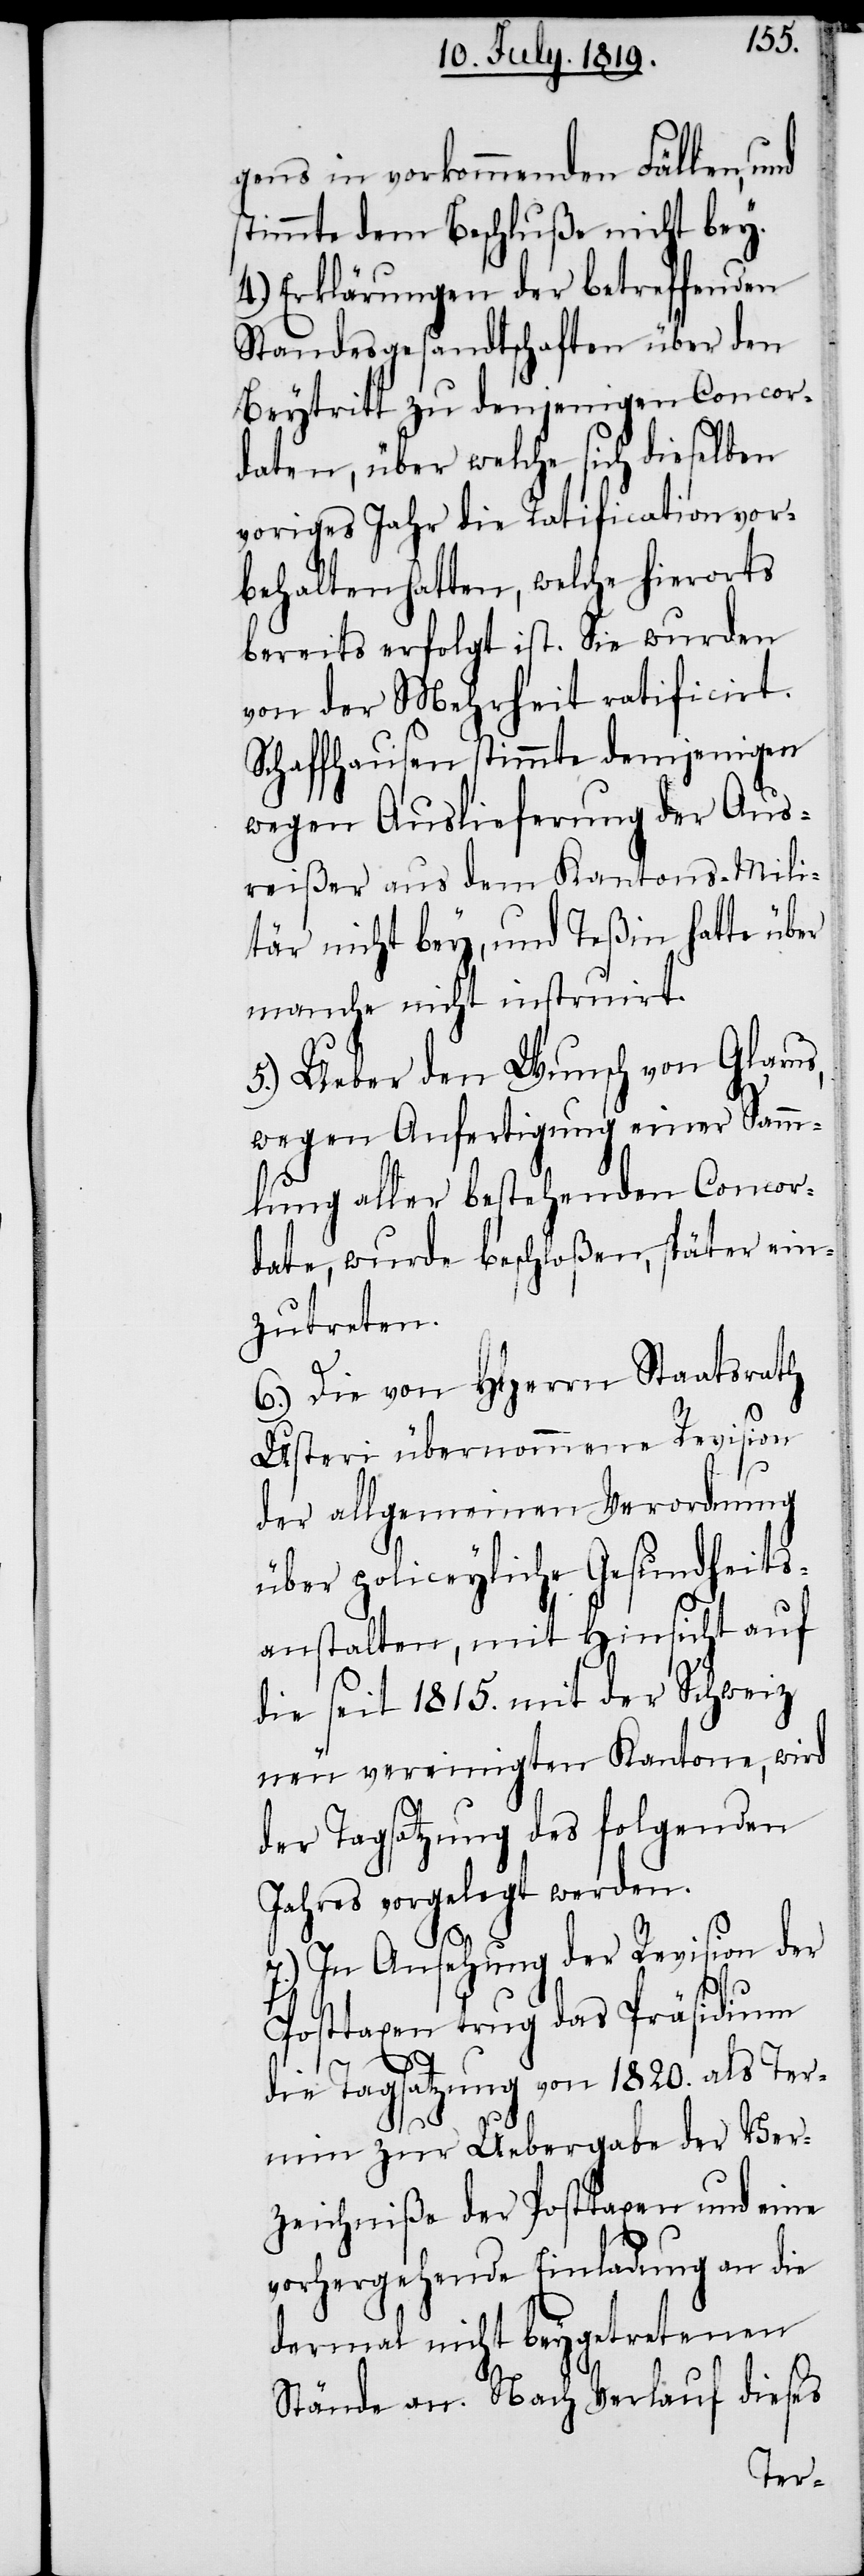
gens in vorkommenden Fällen, und
stimmte dem Beschluße nicht bey.
4.) Erklärungen der betreffenden
Standesgesandtschaften über den
Beytritt zu denjenigen Concor¬
daten, über welche sich dieselben
voriges Jahr die Ratification vor¬
behalten hatten, welche hierorts
bereits erfolgt ist. Sie wurden
von der Mehrheit ratificirt.
Schaffhausen stimmte demjenigen
wegen Auslieferung der Aus¬
reißer aus dem Kantons-Mili¬
tär nicht bey, und Teßin hatte über
manche nicht instruirt.
5.) Ueber den Wunsch von Glarus,
wegen Anfertigung einer Samm¬
lung aller bestehenden Concor¬
date, wurde beschloßen, später ein¬
zutreten.
6.) Die von HHerrn Staatsrath
Usteri übernommene Revision
der allgemeinen Verordnung
über policeyliche Gesundheits¬
anstalten, mit Hinsicht auf
die seit 1815. mit der Schweiz
neu vereinigten Kantone, wird
der Tagsatzung des folgenden
Jahres vorgelegt werden.
7.) In Ansehung der Revision der
Posttaxen trug das Präsidium
die Tagsatzung von 1820. als Ter¬
min zur Uebergabe der Ver¬
zeichniße der Posttaxen und eine
vorhergehende Einladung an die
dermal nicht beygetretenen
Stände an. Nach Verlauf dieses